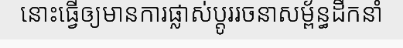
នោះធ្វើឲ្យមានការផ្លាស់ប្តូររចនាសម្ព័ន្ធដឹកនាំ